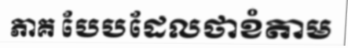
ភាគ បែបដែលថាខំតាម